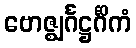
ဗောဇ္ဈင်္ဂဋ္ဌင်္ဂိကံ